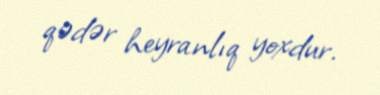
qədər heyranlıq yoxdur.